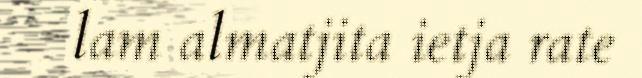
lam almatjita ietja rate